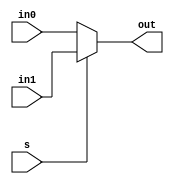
`timescale 1ns/1ns
module mux32bit(input [31:0] in0, in1, input s, output reg [31:0] out);
    always @(in0, in1, s) begin
        out = 0;
        if(s) out = in1;
        else out = in0;
    end
endmodule